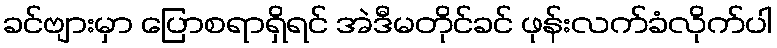
ခင်ဗျားမှာ ပြောစရာရှိရင် အဲဒီမတိုင်ခင် ဖုန်းလက်ခံလိုက်ပါ